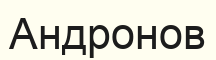
Андронов